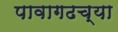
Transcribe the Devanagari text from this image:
पावागढच्या